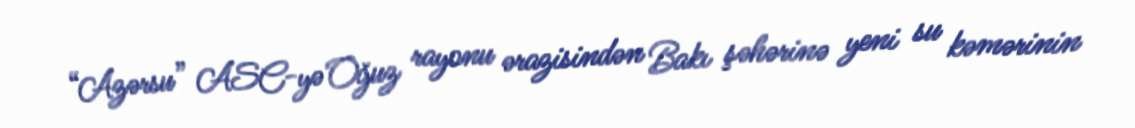
“Azərsu” ASC-yə Oğuz rayonu ərazisindən Bakı şəhərinə yeni su kəmərinin